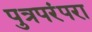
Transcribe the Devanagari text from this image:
पुत्रपरंपरा